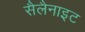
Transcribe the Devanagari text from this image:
सैलैनाइट